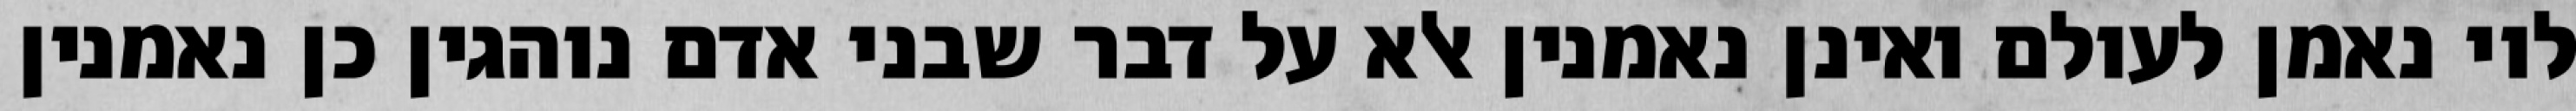
לוי נאמן לעולם ואינן נאמנין אלא על דבר שבני אדם נוהגין כן נאמנין